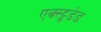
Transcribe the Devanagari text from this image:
एक्स्ट्रूडेड